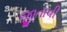
જીતાવી